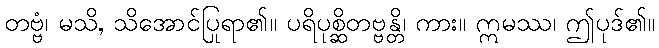
တဗ္ဗံ၊ မသိ, သိအောင်ပြုရာ၏။ ပရိပုစ္ဆိတဗ္ဗန္တိ၊ ကား။ ဣမဿ၊ ဤပုဒ်၏။